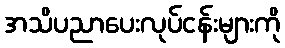
အသိပညာပေးလုပ်ငန်းများကို